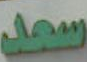
سعد